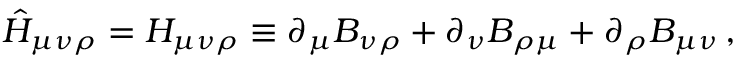
\hat { H } _ { \mu \nu \rho } = H _ { \mu \nu \rho } \equiv \partial _ { \mu } B _ { \nu \rho } + \partial _ { \nu } B _ { \rho \mu } + \partial _ { \rho } B _ { \mu \nu } \, ,